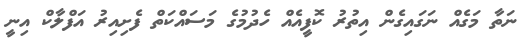
ނަތާ މަގެއް ނަގައިގެން އިތުރު ކޮފީއެއް ހެދުމުގެ މަސައްކަތް ފެށިއިރު އަފްލާކް އިނީ